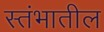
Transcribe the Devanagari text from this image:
स्तंभातील